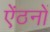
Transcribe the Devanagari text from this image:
ऐंठनों